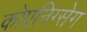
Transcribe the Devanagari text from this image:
कोएनिग्सेग